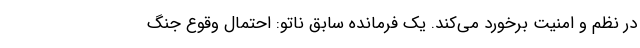
در نظم و امنیت برخورد می‌کند. یک فرمانده سابق ناتو: احتمال وقوع جنگ